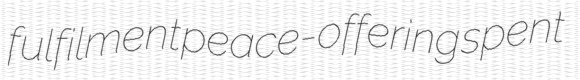
fulfilment peace-offering spent